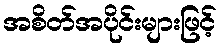
အစိတ်အပိုင်းများဖြင့်